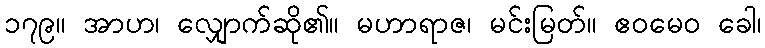
၁၇၉။ အာဟ၊ လျှောက်ဆို၏။ မဟာရာဇ၊ မင်းမြတ်။ ဧဝမေဝ ခေါ၊